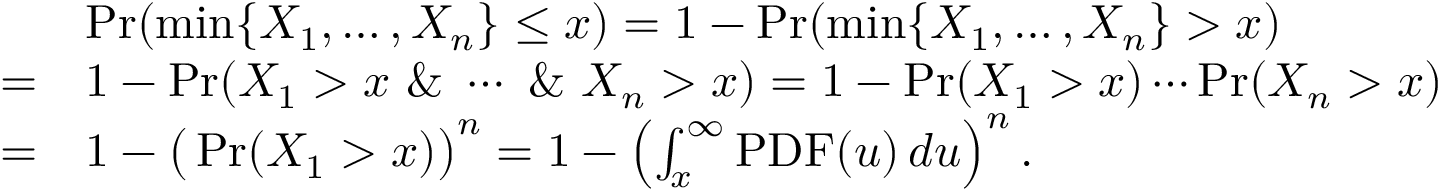
\begin{array} { r l } & { \operatorname* { P r } ( \operatorname* { m i n } \{ X _ { 1 } , \ldots , X _ { n } \} \le x ) = 1 - \operatorname* { P r } ( \operatorname* { m i n } \{ X _ { 1 } , \ldots , X _ { n } \} > x ) } \\ { = } & { 1 - \operatorname* { P r } ( X _ { 1 } > x \ \& \ \cdots \ \& \ X _ { n } > x ) = 1 - \operatorname* { P r } ( X _ { 1 } > x ) \cdots \operatorname* { P r } ( X _ { n } > x ) } \\ { = } & { 1 - \big ( \operatorname* { P r } ( X _ { 1 } > x ) \big ) ^ { n } = 1 - \left( \int _ { x } ^ { \infty } \operatorname { P D F } ( u ) \, d u \right) ^ { n } . } \end{array}